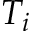
T _ { i }